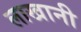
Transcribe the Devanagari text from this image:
लाखानी